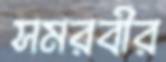
সমরবীর